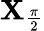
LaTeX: \mathbf{X}_{\frac{{\pi}}{{2}}}